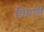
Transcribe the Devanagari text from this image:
विपणी